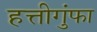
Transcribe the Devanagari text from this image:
हत्तीगुंफा